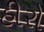
હીરો